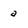
Character: a